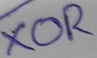
Text: XOR